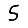
Digit: 5